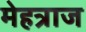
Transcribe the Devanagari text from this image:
मेहत्राज